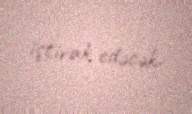
iştirak edəcək.